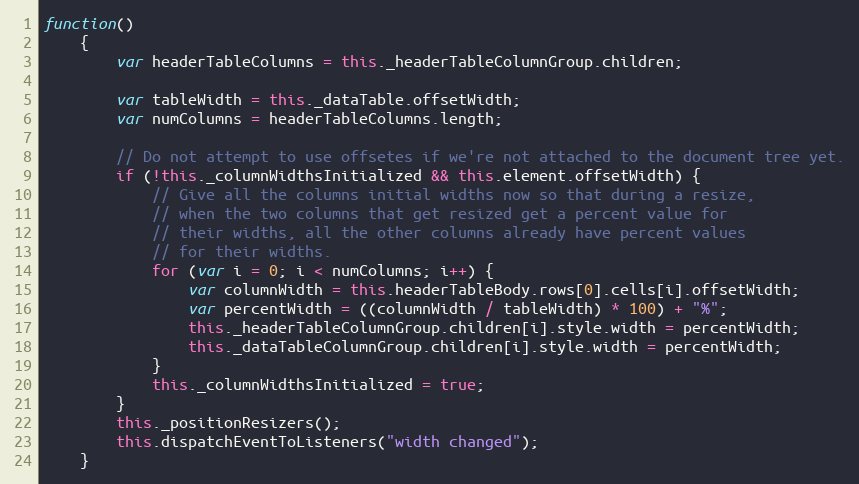
Language: JavaScript
function()
    {
        var headerTableColumns = this._headerTableColumnGroup.children;

        var tableWidth = this._dataTable.offsetWidth;
        var numColumns = headerTableColumns.length;

        // Do not attempt to use offsetes if we're not attached to the document tree yet.
        if (!this._columnWidthsInitialized && this.element.offsetWidth) {
            // Give all the columns initial widths now so that during a resize,
            // when the two columns that get resized get a percent value for
            // their widths, all the other columns already have percent values
            // for their widths.
            for (var i = 0; i < numColumns; i++) {
                var columnWidth = this.headerTableBody.rows[0].cells[i].offsetWidth;
                var percentWidth = ((columnWidth / tableWidth) * 100) + "%";
                this._headerTableColumnGroup.children[i].style.width = percentWidth;
                this._dataTableColumnGroup.children[i].style.width = percentWidth;
            }
            this._columnWidthsInitialized = true;
        }
        this._positionResizers();
        this.dispatchEventToListeners("width changed");
    }